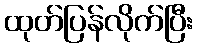
ထုတ်ပြန်လိုက်ပြီး